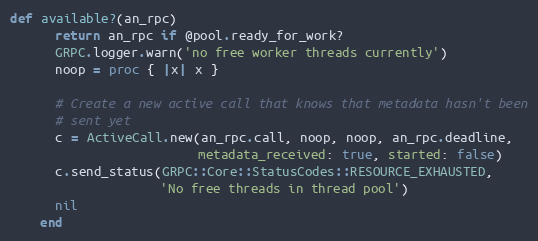
Language: Ruby
def available?(an_rpc)
      return an_rpc if @pool.ready_for_work?
      GRPC.logger.warn('no free worker threads currently')
      noop = proc { |x| x }

      # Create a new active call that knows that metadata hasn't been
      # sent yet
      c = ActiveCall.new(an_rpc.call, noop, noop, an_rpc.deadline,
                         metadata_received: true, started: false)
      c.send_status(GRPC::Core::StatusCodes::RESOURCE_EXHAUSTED,
                    'No free threads in thread pool')
      nil
    end